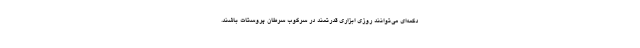
دکمه‌ای می‌توانند روزی ابزاری قدرتمند در سرکوب سرطان پروستات باشند.